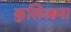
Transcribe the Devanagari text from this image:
कुलिआना